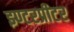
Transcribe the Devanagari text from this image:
इण्टरप्रीटर